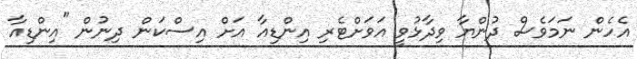
އެހެން ނަމަވެސް ދުންޔާ ވިދާޅުވީ އަވަށްޓެރި އިންޑިއާ އަށް އިސްކަން ދިނުން "އިންޑިއާ